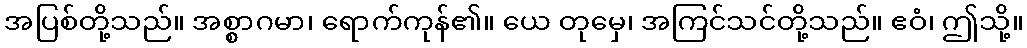
အပြစ်တို့သည်။ အစ္စာဂမာ၊ ရောက်ကုန်၏။ ယေ တုမှေ၊ အကြင်သင်တို့သည်။ ဧဝံ၊ ဤသို့။